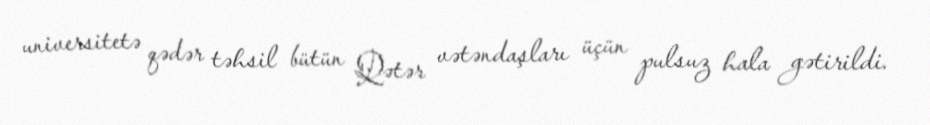
universitetə qədər təhsil bütün Qətər vətəndaşları üçün pulsuz hala gətirildi.